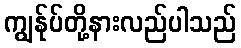
ကျွန်ုပ်တို့နားလည်ပါသည်